Report of the King Institute of Preventive Medicine, Guindy
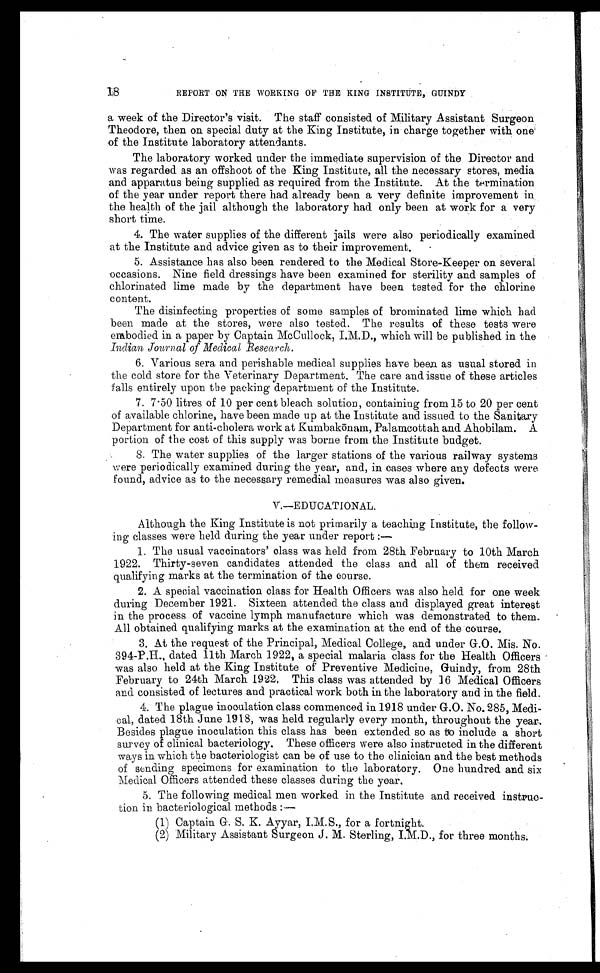
18
REPORT ON THE WORKING OF THE KING INSTITUTE, GUINDY
a week of the Director's visit. The staff consisted of Military Assistant Surgeon.
Theodore, then on special duty at the King Institute, in charge together with one
of the Institute laboratory attendants.
The laboratory worked under the immediate supervision of the Director and
was regarded as an offshoot of the King Institute, all the necessary stores, media
and apparatus being supplied as required from the Institute. At the termination
of the year under report there had already been a very definite improvement in
the health of the jail although the laboratory had only been at work for a very
short time.
4. The water supplies of the different jails were also periodically examined
at the Institute and advice given as to their improvement.
5. Assistance has also been rendered to the Medical Store-Keeper on several
occasions. Nine field dressings have been examined for sterility and samples of
chlorinated lime made by the department have been tested for the chlorine
content.
The disinfecting properties of some samples of bromin.ated lime which had
been made at the stores, were also tested. The results of these tests were
embodied in a paper by Captain McCullock, I.M.D., which will be published in the
Indian Journal of Medical Research.
6. Various sera and perishable medical supplies have been as usual stored in
the cold store for the Veterinary Department. The care and issue of these articles
falls entirely upon the packing department of the Institute.
7. 7.50 litres of 10 per cent bleach solution, containing from 15 to 20 per cent
of available chlorine, have been made up at the Institute and issued to the Sanitary
Department for anti-cholera work at Kumbakōnam, Palamcottah and Ahobilam. A
portion of the cost of this supply was borne from the Institute budget.
8. The water supplies of the larger stations of the various railway systems
were periodically examined during the year, and, in cases where any defects were
found, advice as to the necessary remedial measures was also given.
V.—EDUCATIONAL.
Although the King Institute is not primarily a teaching Institute, the follow
¬ing classes were held during the year under report :—
1. The usual vacci nat ors’ cl ass was hel d from 28t h February t o 10t h March
1922. Thirty-seven candidates attended the class and all of them received
qualifying marks at the termination of the course.
2. A special vaccination class for Health Officers was also held for one week
during December 1921. Sixteen attended the class and displayed great interest
in the process of vaccine lymph manufacture which was demonstrated to them.
All obtained qualifying marks at the examination at the end of the course.
3. At the request of the Principal, Medical College, and under G.O. Mis. No.
394-P.H., dated 11th March 1922, a special malaria class for the Health Officers
was also held at the King Institute of Preventive Medicine, Guindy, from 28th
February to 24th March 1922. This class was attended by 16 Medical Officers
and consisted of lectures and practical work both in the laboratory and in the field.
4. The plague inoculation class commenced in 1918 under G.O. No. 285, Medi-
cal, dated 18th June 1918, was held regularly every month, throughout the year.
Besides plague inoculation this class has been extended so as to include a short
survey of clinical bacteriology. These officers were also instructed in the different
ways in which the bacteriologist can be of use to the clinician and the best methods
of sending specimens for examination to the laboratory. One hundred and six
Medical Officers attended these classes during the year.
5. The following medical men worked in the Institute and received instruc-
tion in bacteriological methods :—
(1) Captain G. S. K. Ayyar, I.M.S., for a fortnight.
(2) Military Assistant Surgeon J. M. Sterling, I.M.D., for three months.